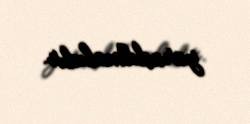
yaradılmalıdır.